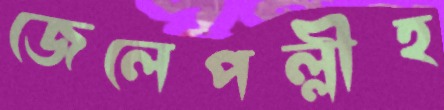
জেলেপল্লীহ